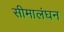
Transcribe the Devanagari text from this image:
सीमालंघन